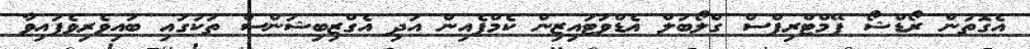
އެގޮތުން ރޯޑްޝޯ ފޭމްޓްރިޕްސް ގްލޯބަލް އެޑްވަޓައިޒިން ކެމްޕެއިން އަދި އެގްޒިބިޝަންސް ތަކުގައި ބައިވެރިވެފައިވާ